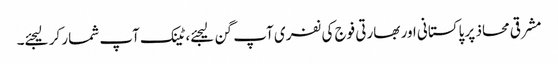
مشرقی محاذ پر پاکستانی اور بھارتی فوج کی نفری آپ گن لیجئے، ٹینک آپ شمار کر لیجئے۔